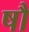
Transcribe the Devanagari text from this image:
षौ